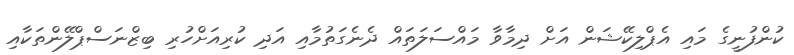
ކުންފުނީގެ މައި އެޕްލިކޭޝަން އަށް ދިމާވާ މައްސަލަތައް ދެނެގަތުމާއި އަދި ކުރިއަށްހުރި ބިޒްނަސްޕްލޭންތަކާއި